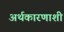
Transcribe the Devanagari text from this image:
अर्थकारणाशी